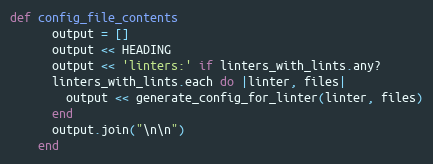
Language: Ruby
def config_file_contents
      output = []
      output << HEADING
      output << 'linters:' if linters_with_lints.any?
      linters_with_lints.each do |linter, files|
        output << generate_config_for_linter(linter, files)
      end
      output.join("\n\n")
    end